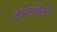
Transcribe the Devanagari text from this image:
ट्रांसवीनस